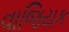
વાજિયક